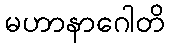
မဟာနာဂေါတိ